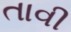
તાવી